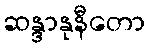
ဆန္ဒာနုနီတော